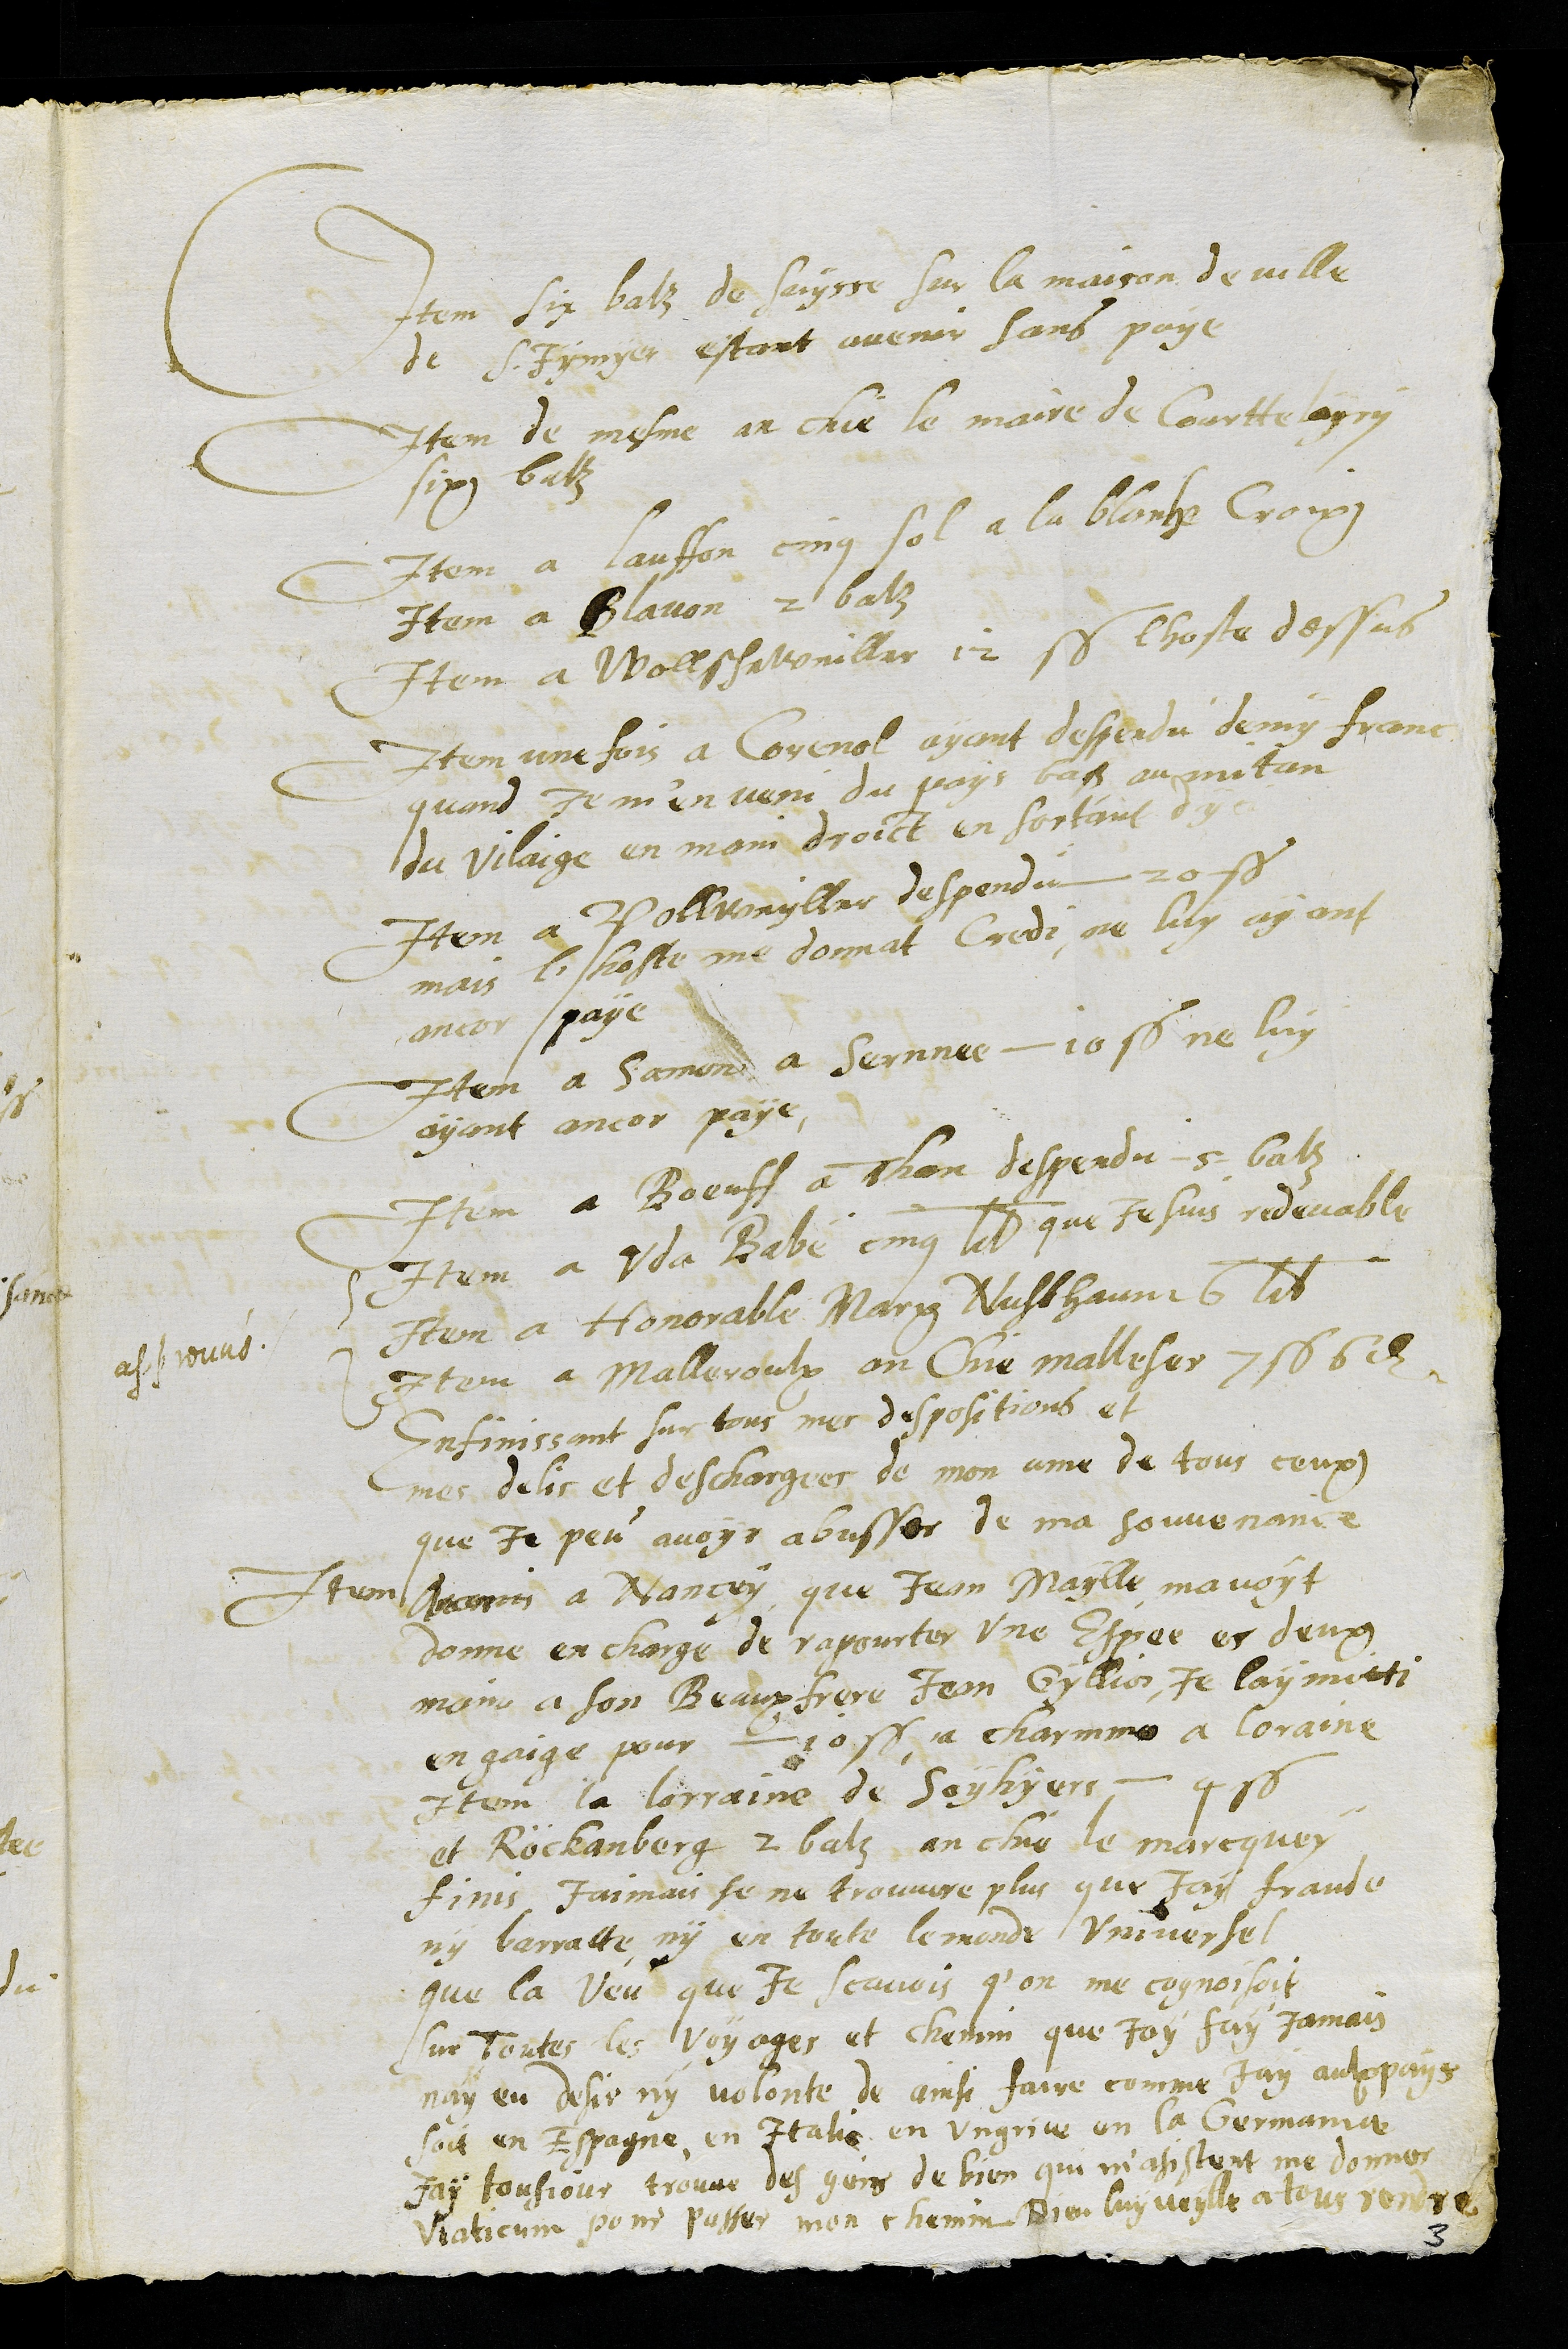
Item six batz de Suysse sur la maison de ville
de S.Iymyer, estant avenir sans paye
Item de mesme an chie le maire de Courttelayry
six batz
Item a Lauffon cinq sol a la blanche Croix
Item a Blauon 2 batz
Item a Wollscheweiller 12 s. lhoste dessus
Item une fois a Corenol, ayant despendu demy franc
quand Je m'en veni du pays bass au mitan
du vilaige en main droict en sortant d'yci
Item a Pollweyller despendu 20 s.
mais l'hoste me donnat Credi, ne luy ayant
ancor paye
Item a Samon a Sernnee 10 s. ne luy
ayant ancor paye
Item a Boeuff a Than despendu 5 batz
Item a Vdo Babe cinq lib. que Je suis redevable
Item a Honorable Marx Nusbhaum 6 lib.
Item a Malleroulx an Chie malleser 7 s. 6 d.
approuvé
En finissant sur tous mes despositions et
mes delis et deschargees de mon ame de tous ceux
que je peu avoit abusser de ma souvenance
Item a Nancey, que Jean Maylle mavoyt
donne en charge de rapourter une Espee es deux
mains a son Beaux frere Jem Gyllios, je lay mitti
en gaige pour 10 s. a charmmo a loraine
Item la lorraine de Soyhyere 4 s.
et Röckanberg 2 batz en chie le marcquey
finis Jaimais se ne trouvaire plus que Jay fraude
ny barratte ny en toutte le monde Vniversel
que la veu que je scavois q'on me cognoisoit
sur Toutes les Voyages et chemin que jay fay jamais
nay eu desir ny volonte de ainsi faire comme Jay aulx pays
soit en Espagne, en Italie en Vngriae en la Germaniae
jay tousjour trouve des gens de bien qui m'asistent me donner
Viaticum pour passer mon chemin Dieu luy veylle a tous rendre
3